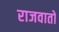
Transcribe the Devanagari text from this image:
राजवातों